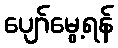
ပျော်မွေ့ရန်